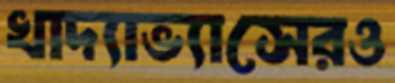
খাদ্যাভ্যাসেরও